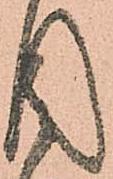
目